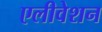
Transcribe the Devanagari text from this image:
एलीवेशन